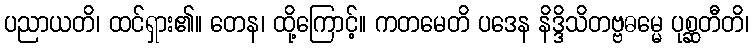
ပညာယတိ၊ ထင်ရှား၏။ တေန၊ ထို့ကြောင့်။ ကတမေတိ ပဒေန နိဒ္ဒိသိတဗ္ဗဓမ္မေ ပုစ္ဆတီတိ၊